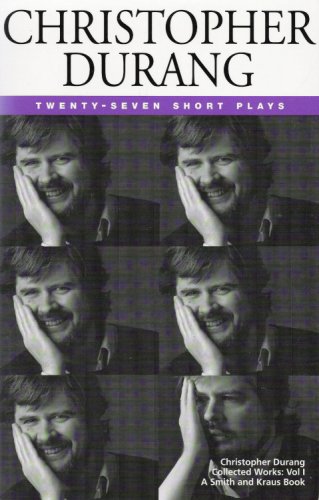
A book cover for Christopher Durang Volume I: 27 Short Plays; Christopher Durang; Literature & Fiction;